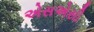
એસએસી